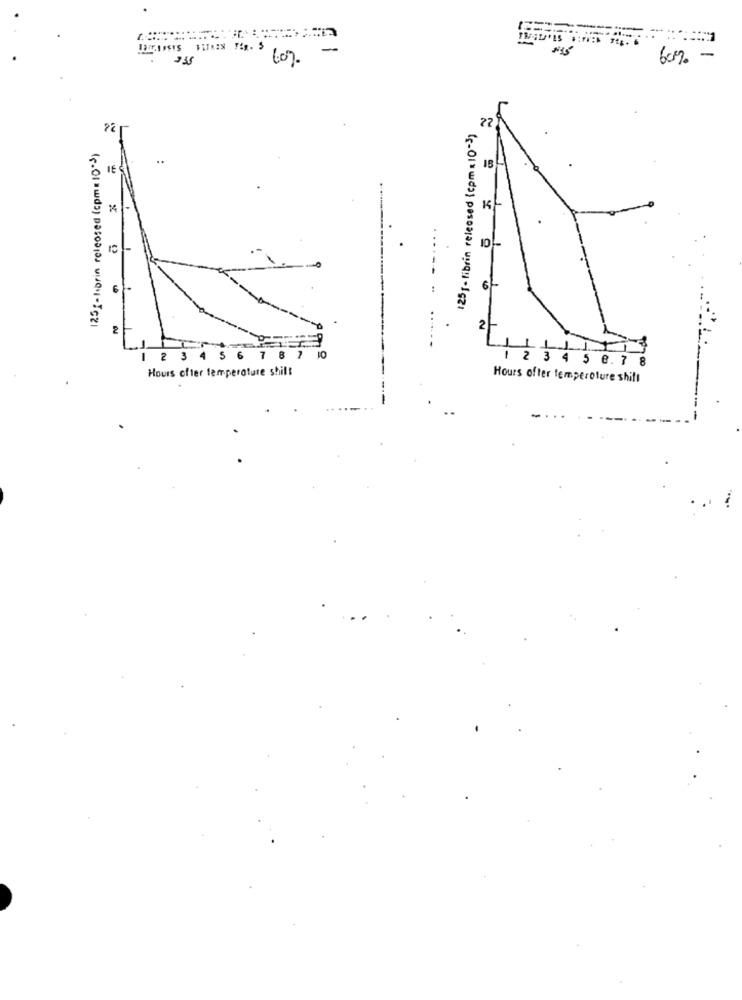
-
235
60%
60% -
22
125g- fibrin released (cpmx10-3)
125g-fibrin released (cpmx 10·3)
IE
..
2
1 2 3 4 5 6 7 8 7 10
Hours ofter temperature shift
2 3 4 5 0.7 8
Hours ofter temperature shits